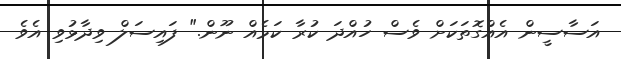
އަސާސީން އެއްގޮތަކަށް ވެސް ހުއްދަ ކުރާ ކަމެއް ނޫން." ފައިސަލް ވިދާޅުވި އެވެ